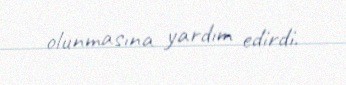
olunmasına yardım edirdi.